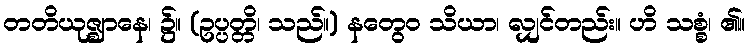
တတိယုဇ္ဈာနေ၊ ၌။ (ဥပ္ပတ္တိ၊ သည်။) နတွေဝ သိယာ၊ လျှင်တည်း။ ဟိ သစ္စံ၊ ၏။